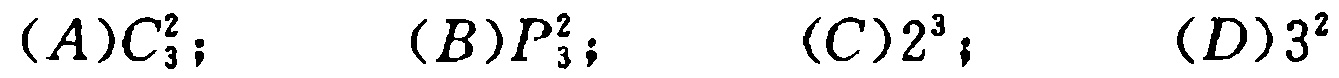
$(A)C_{3}^{2}; \quad (B)P_{3}^{2}; \quad (C)2^{3}; \quad (D)3^{2}$